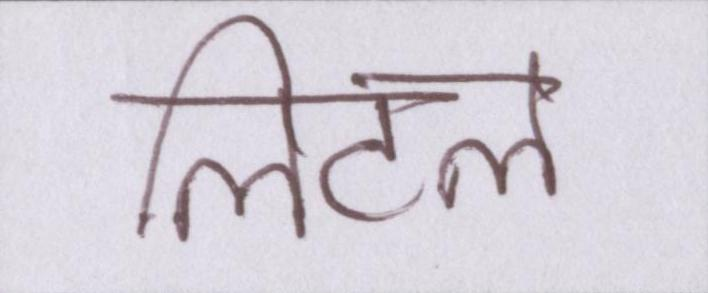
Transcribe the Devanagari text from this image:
लिटल